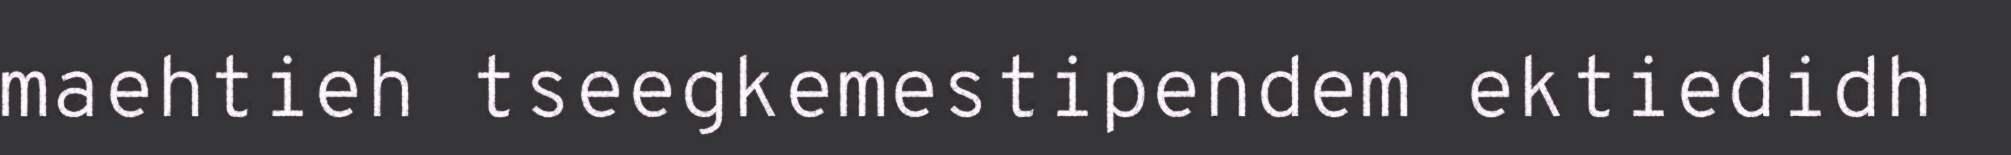
maehtieh tseegkemestipendem ektiedidh